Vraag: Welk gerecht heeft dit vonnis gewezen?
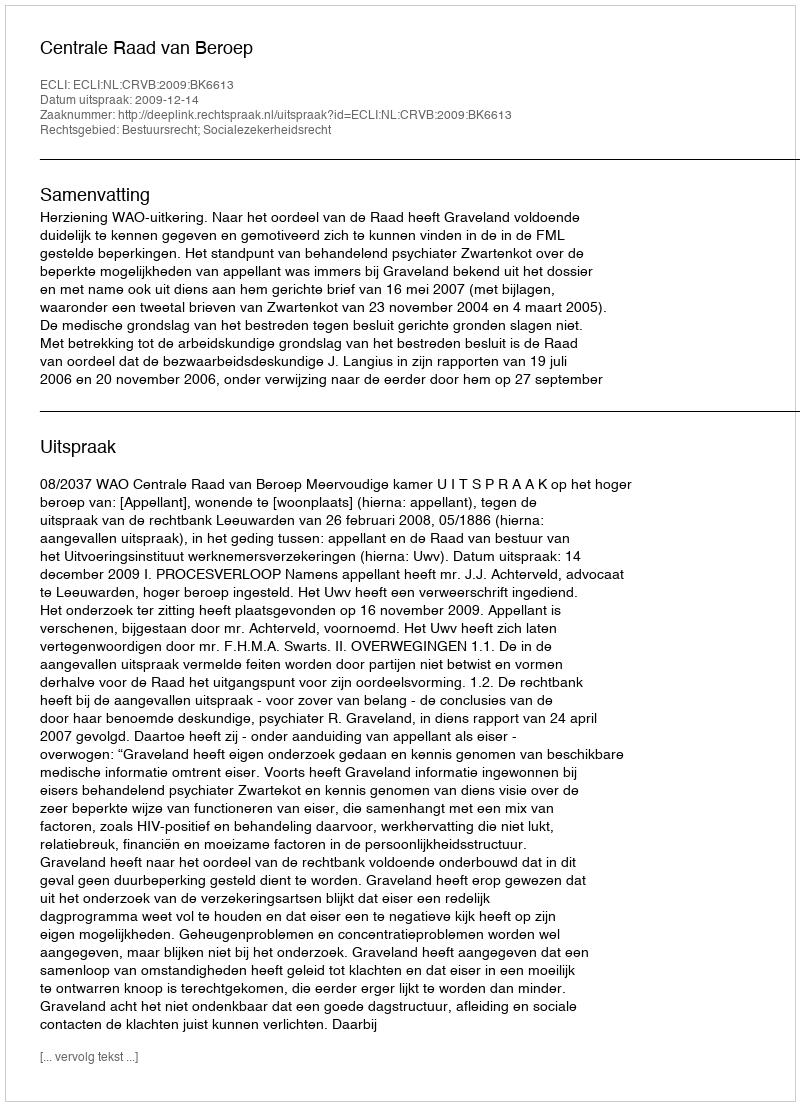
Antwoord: Centrale Raad van Beroep